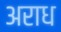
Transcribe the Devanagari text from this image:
अराध